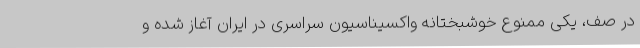
در صف، یکی ممنوع خوشبختانه واکسیناسیون سراسری در ایران آغاز شده و